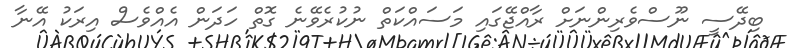
ބިދޭސީ ނޫސްވެރިންނަށް ރާއްޖޭގައި މަސައްކަތް ނުކުރެވޭނެ ގޮތް ހަދަން އެއްވެސް އިރަކު އޭނާ